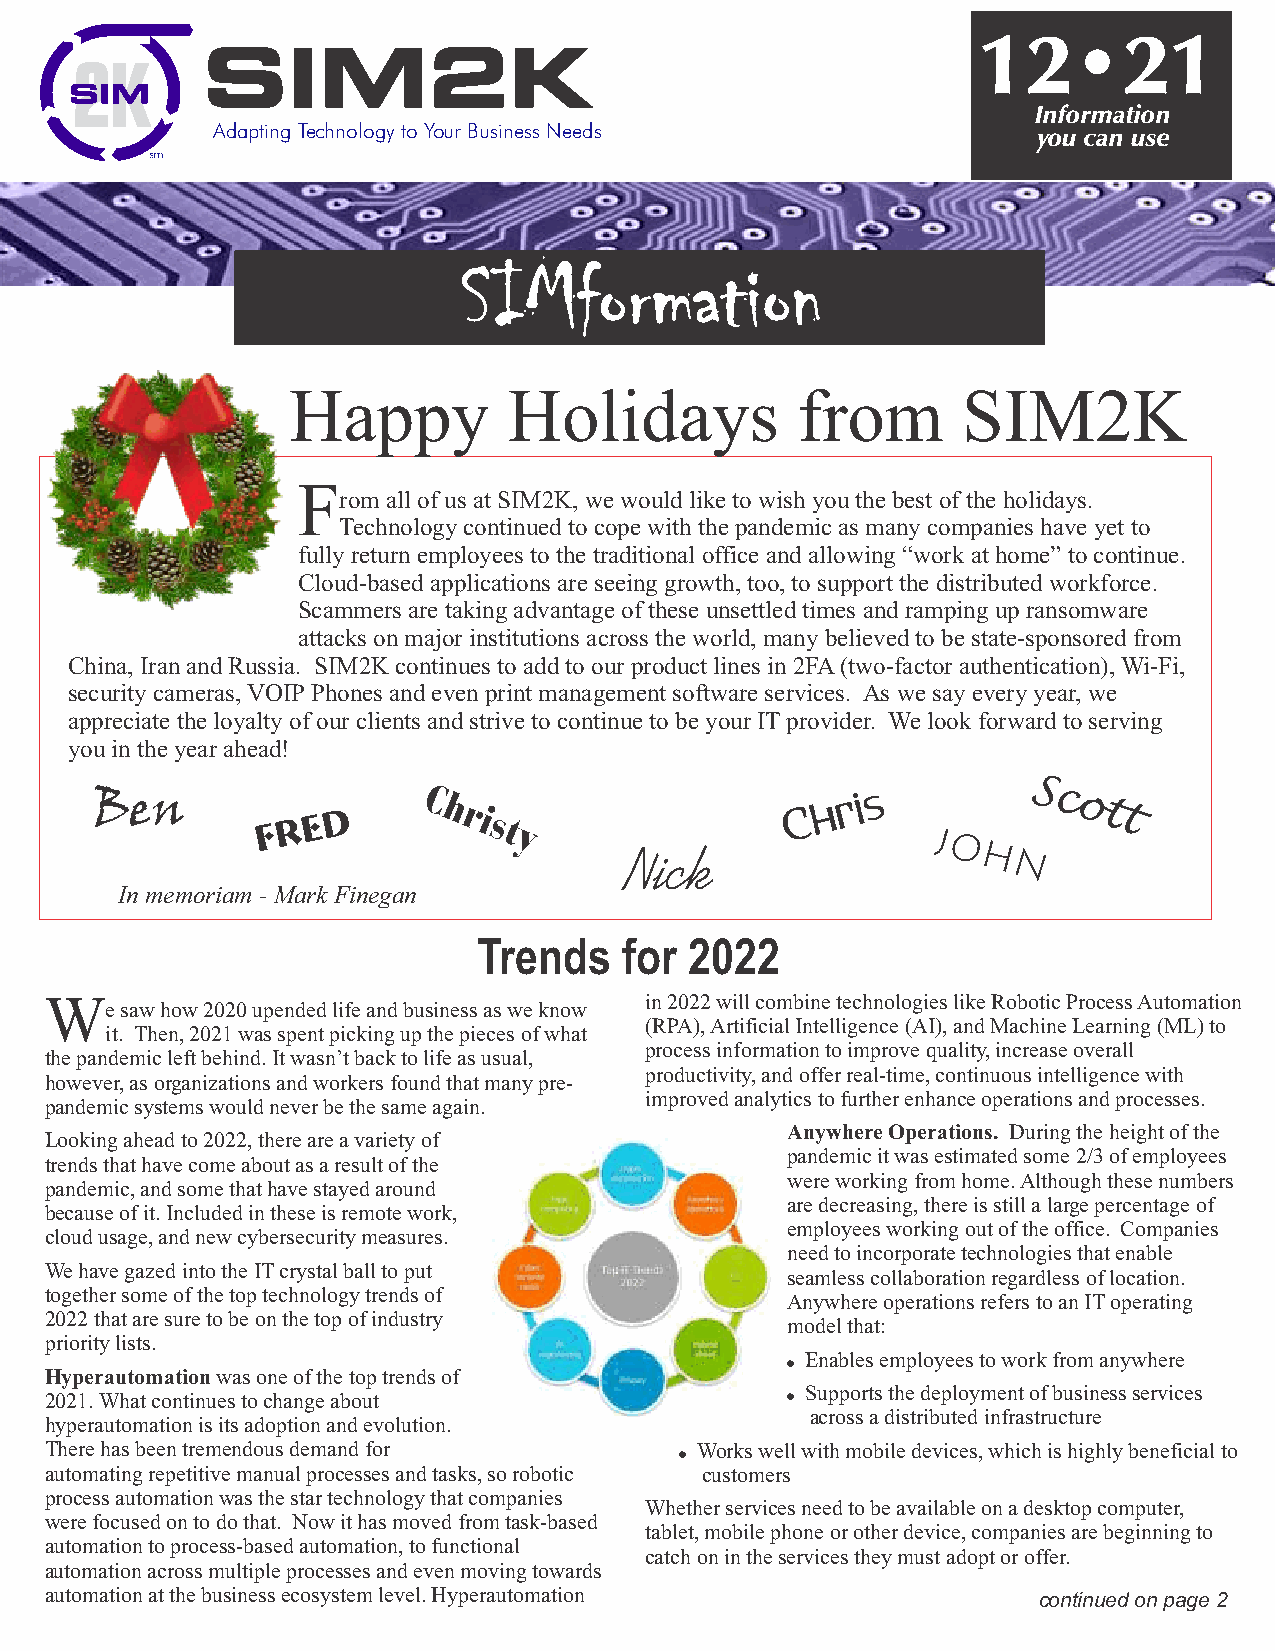
12•21
 Information
 Adapting Technology to Your Business Needs             you can use
 Happy          Holidays           from       SIM2K
 F
 rom all of us at SIM2K, we would like to wish you the best of the holidays.
 Technology continued to cope with the pandemic as many companies have yet to
 fully return employees to the traditional office and allowing “work at home” to continue.
 Cloud-based applications are seeing growth, too, to support the distributed workforce.
 Scammers are taking advantage of these unsettled times and ramping up ransomware
 attacks on major institutions across the world, many believed to be state-sponsored from
 China, Iran and Russia. SIM2K continues to add to our product lines in 2FA (two-factor authentication), Wi-Fi,
 security cameras, VOIP Phones and even print management software services. As we say every year, we
 appreciate the loyalty of our clients and strive to continue to be your IT provider. We look forward to serving
 you in the year ahead!
 Ben        F r e d    C h rist y              C h r i s J     S c ott
 o
 Nick                   h n
 In memoriam - Mark Finegan
 Trends   for  2022
 W                                       in 2022 will combine technologies like Robotic Process Automation
 e saw how 2020 upended life and business as we know
 (RPA), Artificial Intelligence (AI), and Machine Learning (ML) to
 it. Then, 2021 was spent picking up the pieces of what
 process information to improve quality, increase overall
 the pandemic left behind. It wasn’t back to life as usual,
 productivity, and offer real-time, continuous intelligence with
 however, as organizations and workers found that many pre-
 improved analytics to further enhance operations and processes.
 pandemic systems would never be the same again.
 Anywhere Operations. During the height of the
 Looking ahead to 2022, there are a variety of
 pandemic it was estimated some 2/3 of employees
 trends that have come about as a result of the
 were working from home. Although these numbers
 pandemic, and some that have stayed around
 are decreasing, there is still a large percentage of
 because of it. Included in these is remote work,
 employees working out of the office. Companies
 cloud usage, and new cybersecurity measures.
 need to incorporate technologies that enable
 We have gazed into the IT crystal ball to put
 seamless collaboration regardless of location.
 together some of the top technology trends of
 Anywhere operations refers to an IT operating
 2022 that are sure to be on the top of industry
 model that:
 priority lists.
 ! Enables employees to work from anywhere
 Hyperautomation was one of the top trends of
 ! Supports the deployment of business services
 2021. What continues to change about
 across a distributed infrastructure
 hyperautomation is its adoption and evolution.
 There has been tremendous demand for      ! Works well with mobile devices, which is highly beneficial to
 automating repetitive manual processes and tasks, so robotic customers
 process automation was the star technology that companies
 Whether services need to be available on a desktop computer,
 were focused on to do that. Now it has moved from task-based
 tablet, mobile phone or other device, companies are beginning to
 automation to process-based automation, to functional
 catch on in the services they must adopt or offer.
 automation across multiple processes and even moving towards
 automation at the business ecosystem level. Hyperautomation       continued on page 2